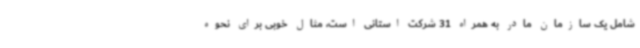
شامل یک سازمان مادر به همراه 31 شرکت استانی است، مثال خوبی برای نحوه